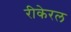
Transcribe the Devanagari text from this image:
रीकेरल